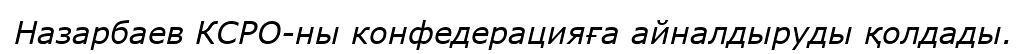
Назарбаев КСРО-ны конфедерацияға айналдыруды қолдады.